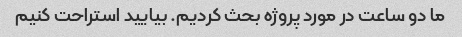
ما دو ساعت در مورد پروژه بحث کردیم. بیایید استراحت کنیم